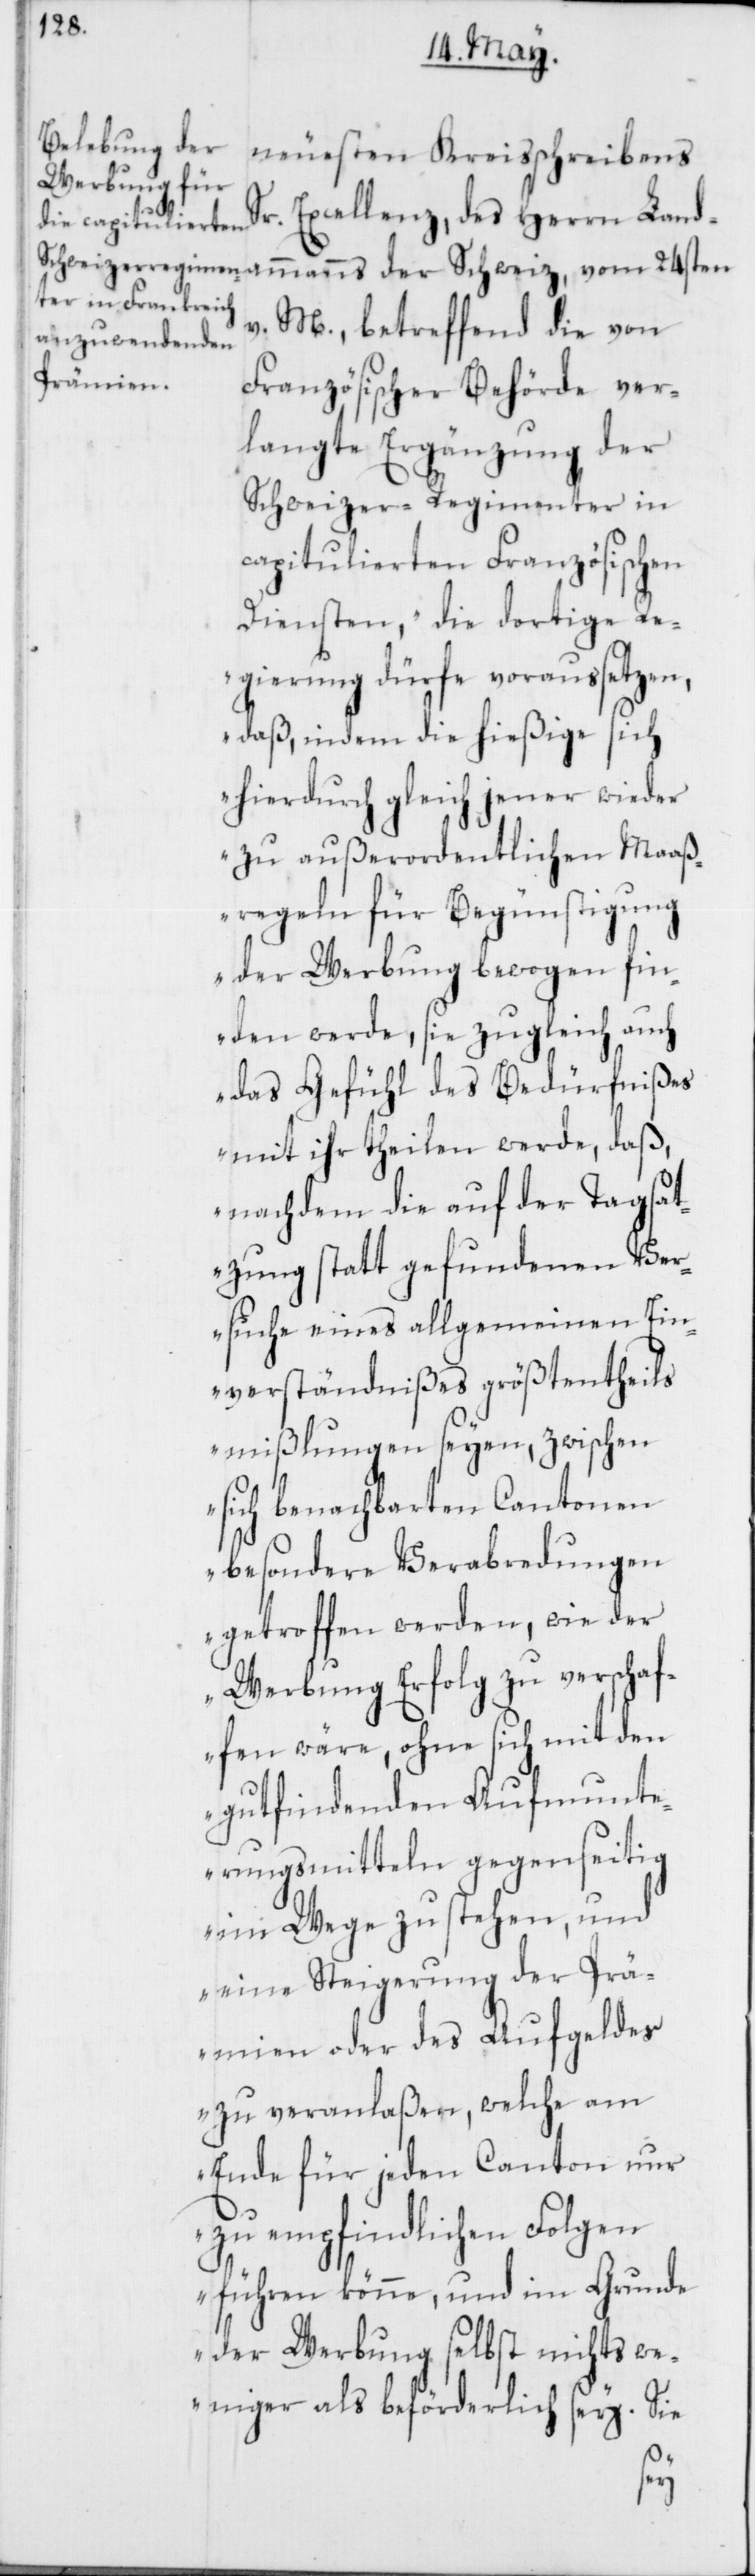
neuesten Kreisschreibens
Sr. Excellenz, des Herrn Land¬
ammanns der Schweiz, vom 24sten
v. M., betreffend die von
Französischer Behörde ver¬
langte Ergänzung der
Schweizer-Regimenter in
capitulierten Französischen
Diensten, „die dortige Re¬
gierung dürfe voraussetzen,
daß, indem die hießige sich
hierdurch gleich jener wieder
zu außerordentlichen Maaß¬
regeln für Begünstigung
der Werbung bewogen fin¬
den werde, sie zugleich auch
das Gefühl des Bedürfnißes
mit ihr theilen werde, daß,
nachdem die auf der Tagsat¬
zung statt gefundenen Ver¬
suche eines allgemeinen Ein¬
verständnißes größtentheil
mißlungen seyen, zwischen
sich benachbarten Cantonen
besondere Verabredungen
getroffen werden, wie der
Werbung Erfolg zu verschaf¬
fen wäre, ohne sich mit den
gutfindenden Aufmunte¬
rungsmitteln gegenseitig
im Wege zu stehen, und
eine Steigerung der Prä¬
mien oder des Aufgeldes
zu veranlaßen, welche am
Ende für jeden Canton nur
zu empfindlichen Folgen
führen könne, und im Grunde
der Werbung selbst nichts we¬
niger als beförderlich sey. Sie